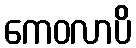
ကေဝလာပိ